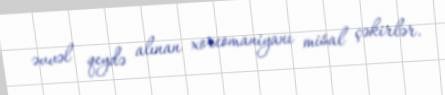
əvvəl qeydə alınan xoreomaniyanı misal çəkirlər.